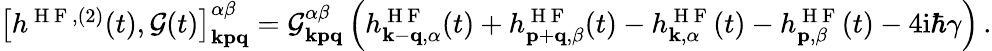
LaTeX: \begin{array}{r}{\left[h^{\mathrm{~H~F~},(2)}(t),\mathcal{G}(t)\right]_{\mathbf{kpq}}^{\alpha\beta}=\mathcal{G}_{\mathbf{kpq}}^{\alpha\beta}\left(h_{\mathbf{k}-\mathbf{q},\alpha}^{\mathrm{~H~F~}}(t)+h_{\mathbf{p}+\mathbf{q},\beta}^{\mathrm{~H~F~}}(t)-h_{\mathbf{k},\alpha}^{\mathrm{~H~F~}}(t)-h_{\mathbf{p},\beta}^{\mathrm{~H~F~}}(t)-4\mathrm{i}\hbar\gamma\right)\, .}\end{array}